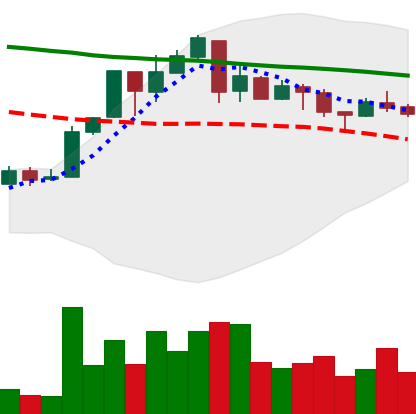
Ticker: XMR-USD
Chart end date: 2018-05-04
Forward return: -5.8%
Label: down_5_7